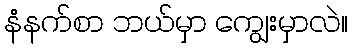
နံနက်စာ ဘယ်မှာ ကျွေးမှာလဲ။